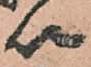
以